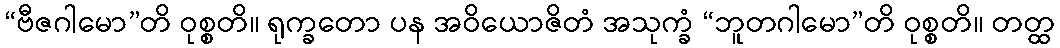
“ဗီဇဂါမော”တိ ဝုစ္စတိ။ ရုက္ခတော ပန အဝိယောဇိတံ အသုက္ခံ “ဘူတဂါမော”တိ ဝုစ္စတိ။ တတ္ထ